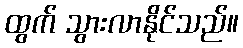
ထွက် သွားလာနိုင်သည်။